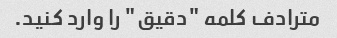
مترادف کلمه "دقیق" را وارد کنید.